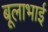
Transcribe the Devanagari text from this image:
बूलाभाई